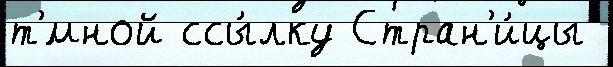
т'́мной ссы́лку Стран'и́цы